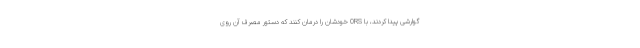
گوارشی پیدا کردند، با ORS خودشان را درمان کنند که دستور مصرف آن روی